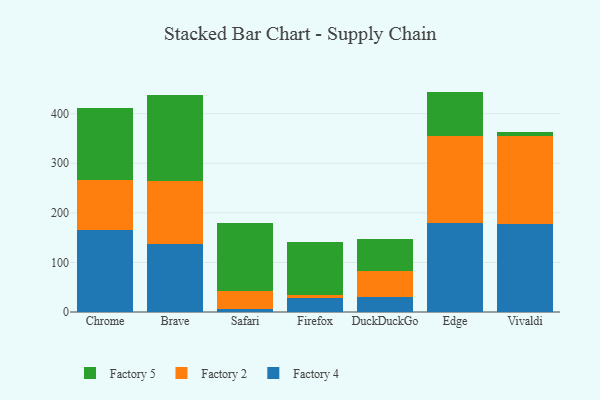
{"axis": {"x": "Browser", "y": "Production Output"}, "legend": ["Factory 2", "Factory 4", "Factory 5"], "data": [{"x": "Chrome", "y": 165.4, "type": "Factory 4"}, {"x": "Chrome", "y": 100.4, "type": "Factory 2"}, {"x": "Chrome", "y": 146.7, "type": "Factory 5"}, {"x": "Brave", "y": 136.3, "type": "Factory 4"}, {"x": "Brave", "y": 128.9, "type": "Factory 2"}, {"x": "Brave", "y": 172.7, "type": "Factory 5"}, {"x": "Safari", "y": 6.0, "type": "Factory 4"}, {"x": "Safari", "y": 37.1, "type": "Factory 2"}, {"x": "Safari", "y": 136.5, "type": "Factory 5"}, {"x": "Firefox", "y": 28.1, "type": "Factory 4"}, {"x": "Firefox", "y": 5.7, "type": "Factory 2"}, {"x": "Firefox", "y": 106.9, "type": "Factory 5"}, {"x": "DuckDuckGo", "y": 30.9, "type": "Factory 4"}, {"x": "DuckDuckGo", "y": 52.1, "type": "Factory 2"}, {"x": "DuckDuckGo", "y": 64.2, "type": "Factory 5"}, {"x": "Edge", "y": 179.7, "type": "Factory 4"}, {"x": "Edge", "y": 174.8, "type": "Factory 2"}, {"x": "Edge", "y": 90.1, "type": "Factory 5"}, {"x": "Vivaldi", "y": 177.9, "type": "Factory 4"}, {"x": "Vivaldi", "y": 176.3, "type": "Factory 2"}, {"x": "Vivaldi", "y": 8.9, "type": "Factory 5"}]}